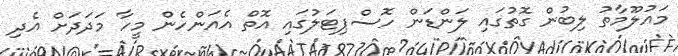
މައުލޫމާތު ލިބުން ގޮތުގައި ލަންޑަން ހޮސްޕިޓަލުގައި އޮތް އެއަންހެން މީހާ މަދަދަށް އެދި